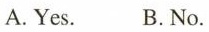
A. Yes. B. No.